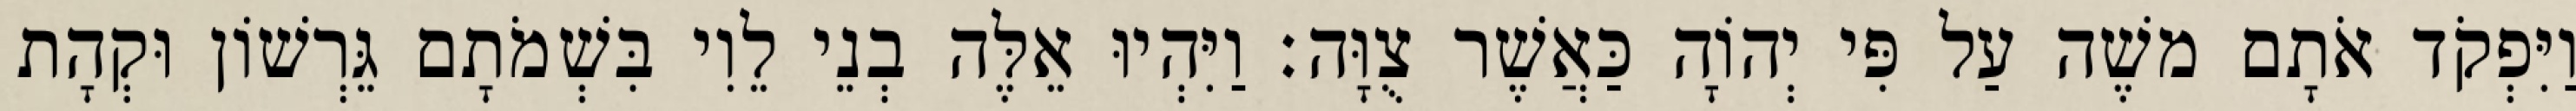
וַיִּפְקֹד אֹתָם משֶׁה עַל פִּי יְהוָֹה כַּאֲשֶׁר צֻוָּה׃ וַיִּהְיוּ אֵלֶּה בְנֵי לֵוִי בִּשְׁמֹתָם גֵּרְשׁוֹן וּקְהָת